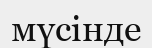
мүсінде